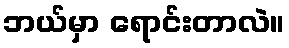
ဘယ်မှာ ရောင်းတာလဲ။